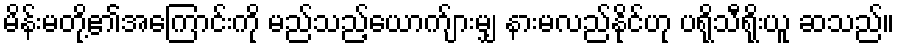
မိန်းမတို့၏အကြောင်းကို မည်သည့်ယောက်ျားမျှ နားမလည်နိုင်ဟု ပရိုသီရိုးယူ ဆသည်။